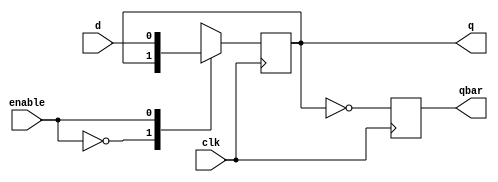
`timescale 1ns / 1ps
//////////////////////////////////////////////////////////////////////////////////
// Company: 
// Engineer: 
// 
// Design Name: 
// Module Name: D_LATCH
// Project Name: 
// Target Devices: 
// Tool Versions: 
// Description: 
// 
// Dependencies: 
// 
// Revision:
// Revision 0.01 - File Created
// Additional Comments:
// 
//////////////////////////////////////////////////////////////////////////////////


module D_LATCH
(input d,  
              input enable,  
              input clk,  
              output reg  q,
              output reg qbar);  
           

    always @ (posedge clk )  
     begin     
        case(enable)  
          0:q <= q;
          1:q <= d;
           endcase
           qbar = ~q;
         end
endmodule